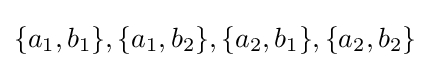
\{a_{1},b_{1}\},\{a_{1},b_{2}\},\{a_{2},b_{1}\},\{a_{2},b_{2}\}